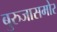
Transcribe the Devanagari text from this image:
बुरुजासमोर